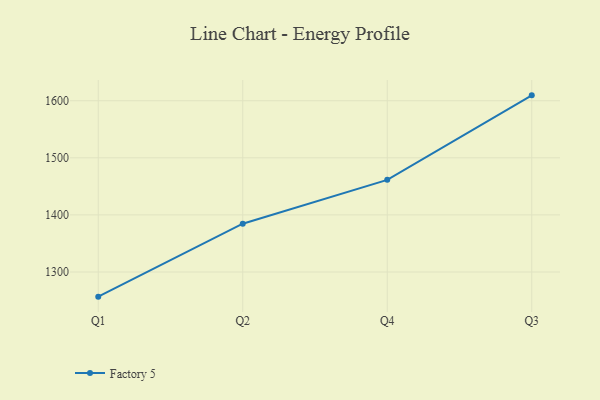
{"axis": {"x": "Quarter", "y": "Operating Costs (USD K)"}, "legend": ["Factory 5"], "data": [{"x": "Q1", "y": 1256.8, "type": "Factory 5"}, {"x": "Q2", "y": 1384.6, "type": "Factory 5"}, {"x": "Q4", "y": 1461.4, "type": "Factory 5"}, {"x": "Q3", "y": 1609.4, "type": "Factory 5"}]}